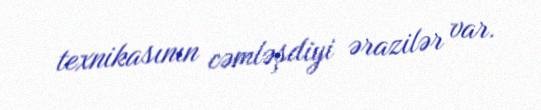
texnikasının cəmləşdiyi ərazilər var.